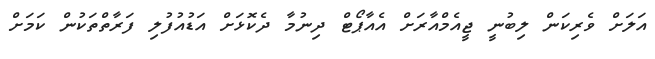
އަލަށް ވެރިކަން ލިބުނީ ޖީއެމްއާރަށް އެއާޕޯޓް ދިނުމާ ދެކޮޅަށް އަޑުއުފުލި ފަރާތްތަކުން ކަމަށް